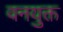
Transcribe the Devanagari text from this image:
वनयुक्त